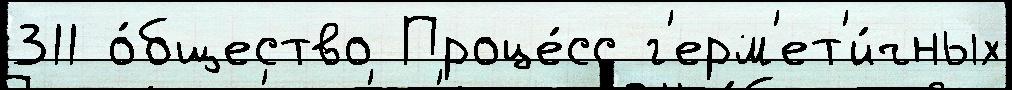
311 о́бщество Проце́сс г'ерм'ет'и́чных